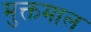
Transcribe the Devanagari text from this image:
मुक्तमाल